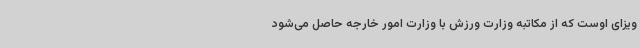
ویزای اوست که از مکاتبه وزارت ورزش با وزارت امور خارجه حاصل می‌شود